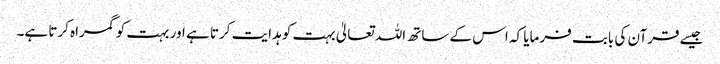
جیسے قرآن کی بابت فرمایا کہ اس کے ساتھ اللہ تعالیٰ بہت کو ہدایت کرتا ہے اور بہت کو گمراہ کرتا ہے۔